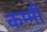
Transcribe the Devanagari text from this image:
कम्मी